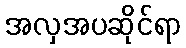
အလှအပဆိုင်ရာ